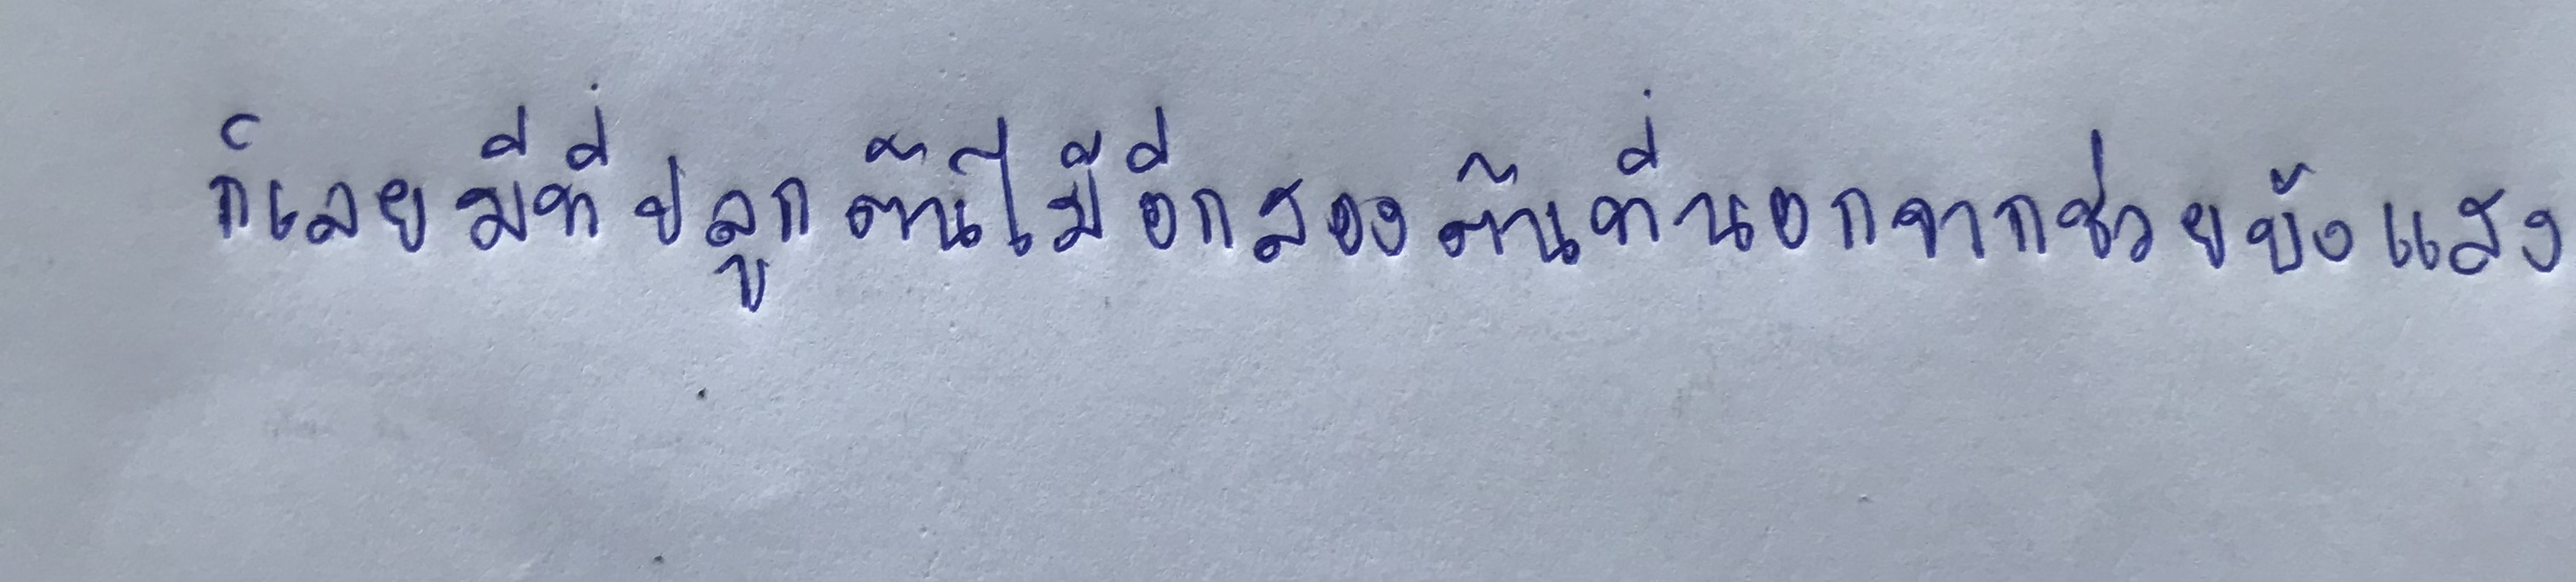
ก็เลยมีที่ปลูกต้นไม้อีกสองต้นที่นอกจากช่วยบังแสง